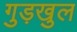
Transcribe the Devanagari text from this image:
गुड़खुल